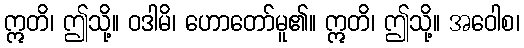
ဣတိ၊ ဤသို့။ ဝဒါမိ၊ ဟောတော်မူ၏။ ဣတိ၊ ဤသို့။ အဝေါစ၊